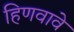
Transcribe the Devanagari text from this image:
हिणवावे